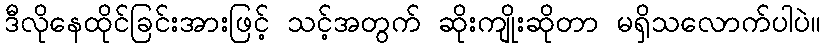
ဒီလိုနေထိုင်ခြင်းအားဖြင့် သင့်အတွက် ဆိုးကျိုးဆိုတာ မရှိသလောက်ပါပဲ။